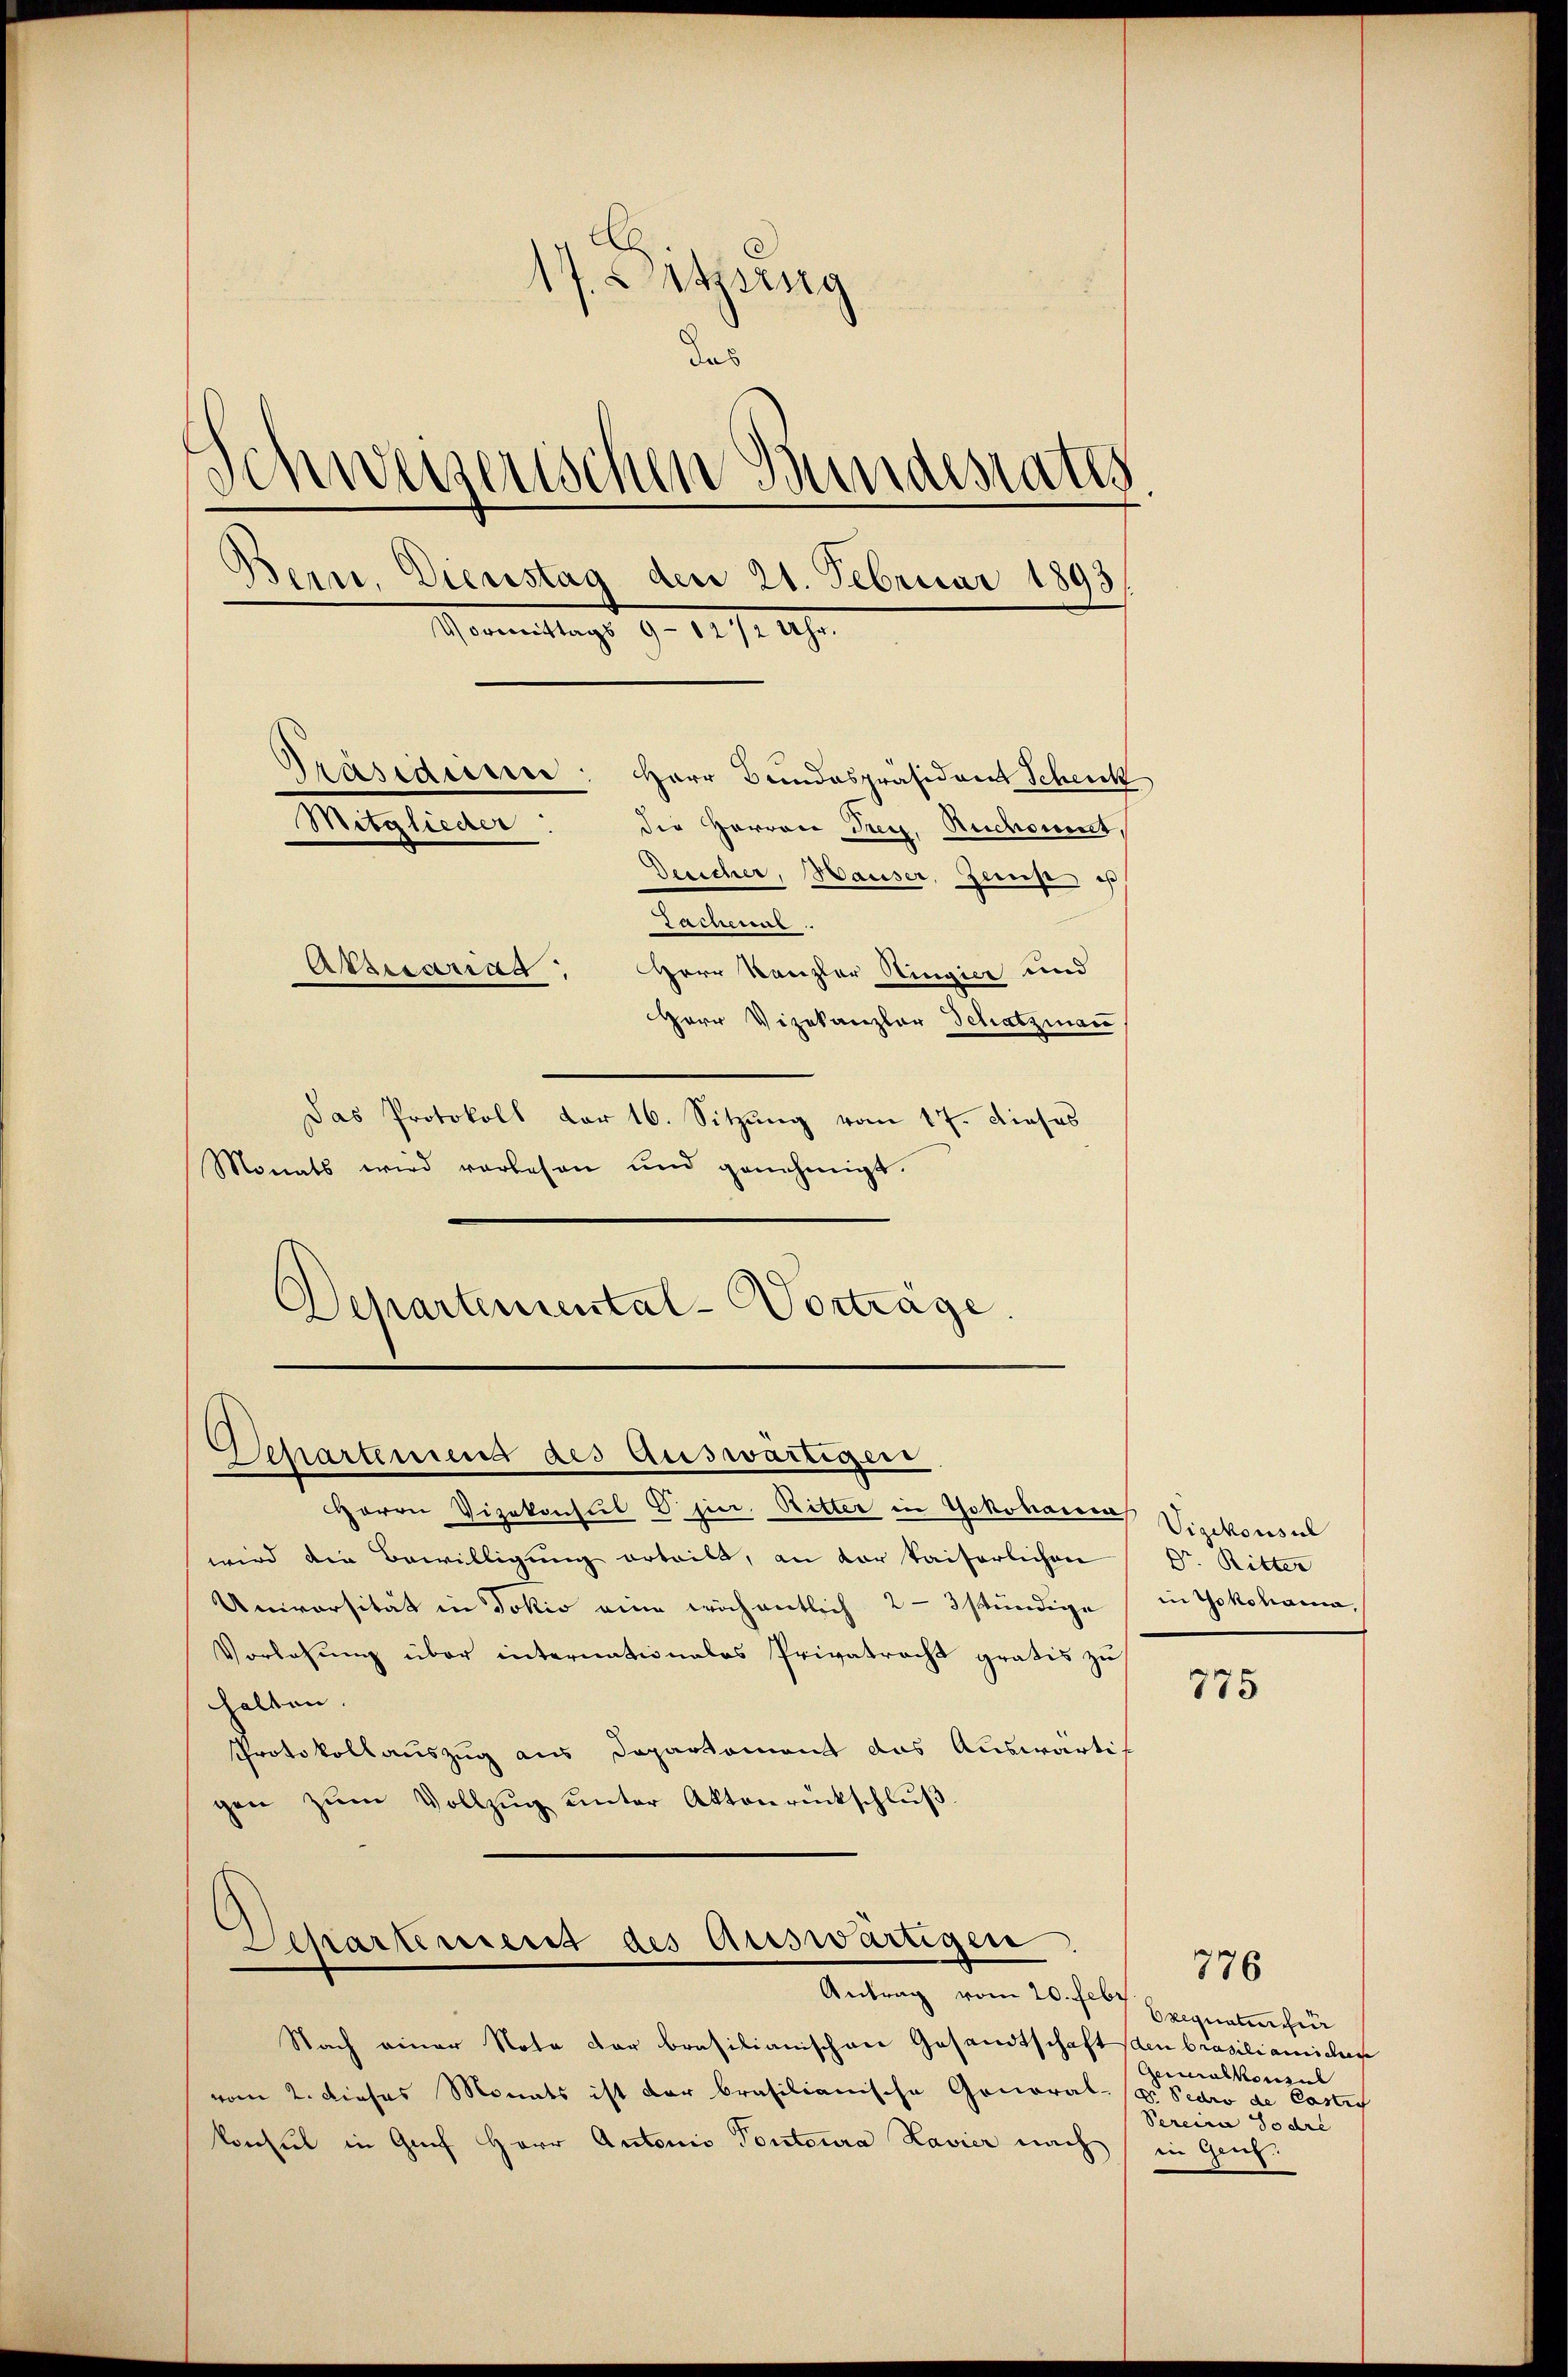
17. Letzting
das
Schweizerischen Bundesrates
Bern, Dienstag den 21. Februar 1893
Gommittags 9. 1171. 19.
Präsidiicere: Herr Bundespräsident Schenck
Megleiter
die Herren Tag. Auchkommt,
Desicher, Hauser, Zeins ist
Tatneat.
Atzesariag
Herr Kanzler Hingier und
Herr Vizekanzlar Schatzman

Das Protokoll der 16. Sitzung vom 17. dieses
Monats wird vorlesen und genehmigt.
Departemental-Vorträge.

Schartemend des Auswärtigen

Herrn Vizekonsul Vier. Ritter in Yokoharen Vizekonsul
wird die Bewilligung erteilt, an der kaiserlichen
Universität in Dokio eine wöchentlich 2-3 stündige in Yokohama,
Vorlesung über internationales Privatrecht gratis zu
halten. |
Protokollauszug aus Departement das Auswärtig
gen zŭm Vollzŭg ŭnter Aktenrückschlŭβ

Separtement des Auswärtigen
Antrag vom 20. Febr

Nach einer Note der brasilianischen Gesandtschaft
vom 2. dieses Monats ist der brasilianische Gonoral-
konsul in Graf Herr Antonis Pontoura Havier nach

Dr. Ritter

775

Exequatur für
den Brasilianischen
Germalkonsul
D. Sedro de Casti
Sercira Podre
in Genf.

776